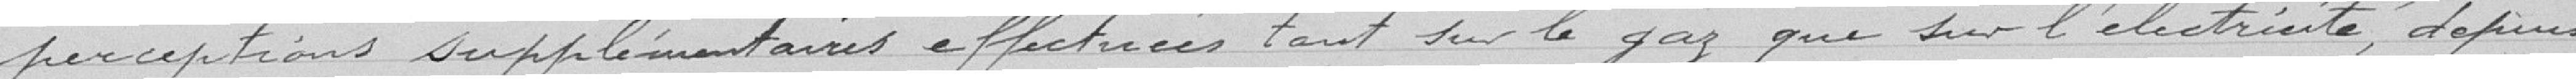
perceptions supplémentaires effectuées tant sur le gaz que sur l'électricité depuis